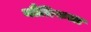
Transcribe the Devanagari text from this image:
नौतिकता